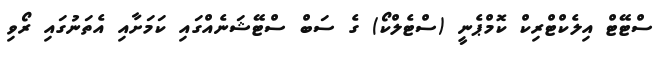
ސްޓޭޓް އިލެކްޓްރިކް ކޮމްޕެނީ (ސްޓެލްކޯ) ގެ ސަބް ސްޓޭޝަނެއްގައި ކަމަށާއި އެތަނުގައި ރޯވި